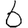
Digit: 6